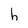
Character: h